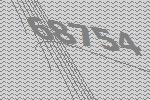
68754